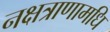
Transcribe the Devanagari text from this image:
नक्षत्राणामधि